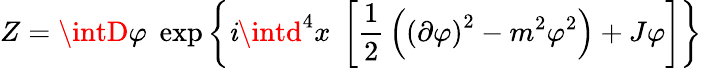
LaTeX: Z=\intD\varphi\; \exp\left\{ \mathit{i}\intd^{4}x\; \left[{\frac{{1}}{{2}}}\left(\left(\partial\varphi\right)^{2}-m^{2}\varphi^{2}\right)+J\varphi\right]\right\}